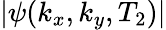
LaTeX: |\psi(k_{x},k_{y},T_{2})|